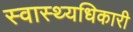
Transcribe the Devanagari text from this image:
स्वास्थ्यधिकारी